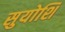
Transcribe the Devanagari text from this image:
सुयोशि